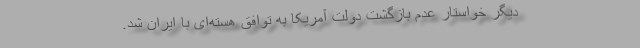
دیگر خواستار عدم بازگشت دولت آمریکا به توافق هسته‌ای با ایران شد.